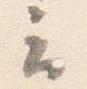
云